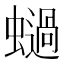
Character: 𧒖